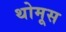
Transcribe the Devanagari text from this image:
थोमूस